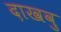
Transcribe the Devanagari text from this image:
दाखवु